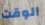
الوقت